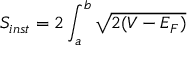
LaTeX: S _ { i n s t } = 2 \int _ { a } ^ { b } \sqrt { 2 ( V - E _ { F } ) }